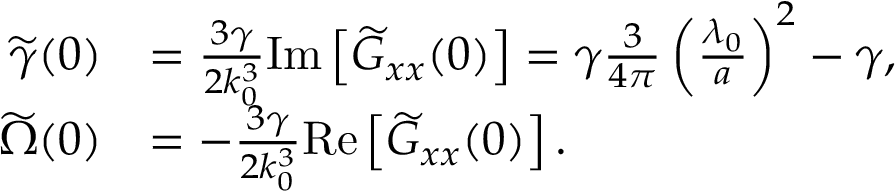
\begin{array} { r l } { \widetilde \gamma ( 0 ) } & { = \frac { 3 \gamma } { 2 k _ { 0 } ^ { 3 } } \mathrm { I m } \left[ \widetilde G _ { x x } ( 0 ) \right] = \gamma \frac { 3 } { 4 \pi } \left( \frac { \lambda _ { 0 } } { a } \right) ^ { 2 } - \gamma , } \\ { \widetilde \Omega ( 0 ) } & { = - \frac { 3 \gamma } { 2 k _ { 0 } ^ { 3 } } \mathrm { R e } \left[ \widetilde G _ { x x } ( 0 ) \right] . } \end{array}